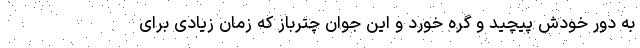
به دور خودش پیچید و گره خورد و این جوان چترباز که زمان زیادی برای